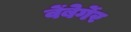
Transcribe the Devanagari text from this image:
वेंबेर्गेर